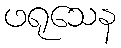
ဖရုသေန